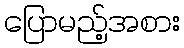
ပြောမည့်အစား